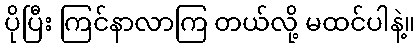
ပိုပြီး ကြင်နာလာကြ တယ်လို့ မထင်ပါနဲ့။